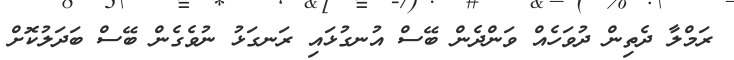
ރަމްލާ ދެތިން ދުވަހެއް ވަންދެން ބޭސް އުނގުޅައި ރަނގަޅު ނުވެގެން ބޭސް ބަދަލުކޮށް